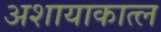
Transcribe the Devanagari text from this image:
अशायाकात्ल